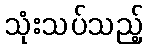
သုံးသပ်သည့်